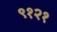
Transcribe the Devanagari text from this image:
९१२१